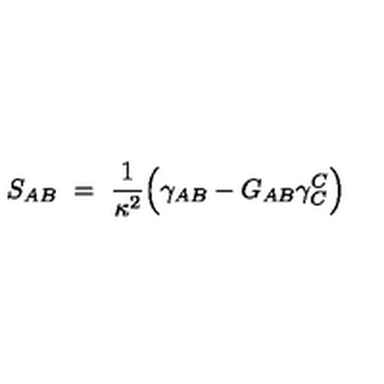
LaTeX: S _ { A B } \ = \ \frac { 1 } { \kappa ^ { 2 } } \Big ( \gamma _ { A B } - G _ { A B } \gamma _ { C } ^ { C } \Big )